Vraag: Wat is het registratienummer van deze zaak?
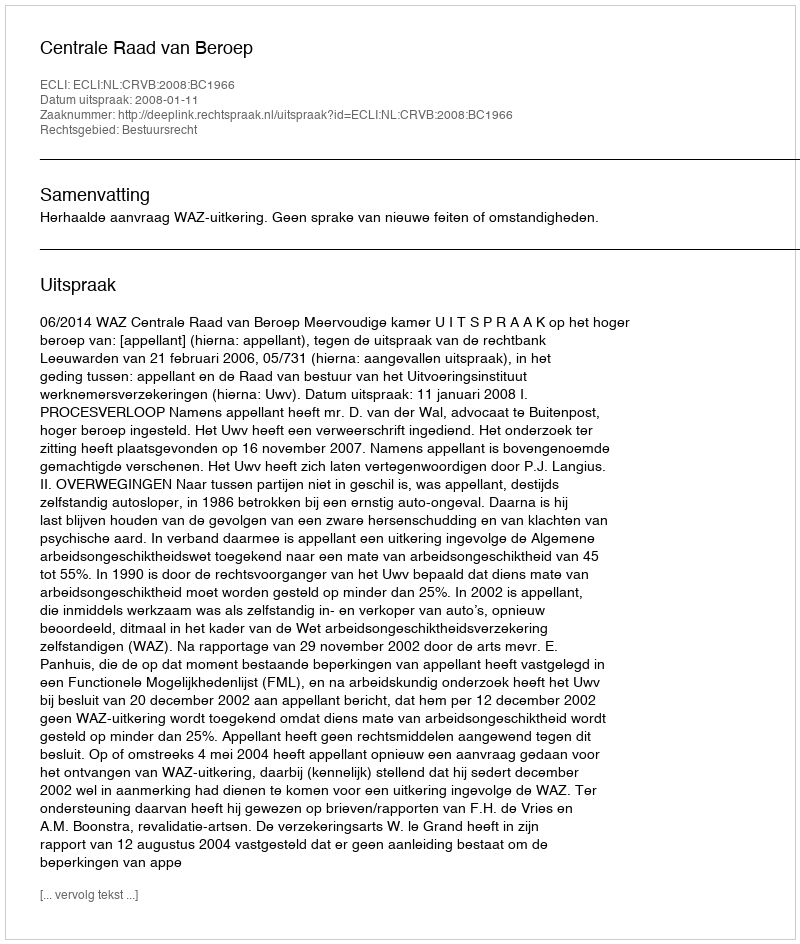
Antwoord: http://deeplink.rechtspraak.nl/uitspraak?id=ECLI:NL:CRVB:2008:BC1966